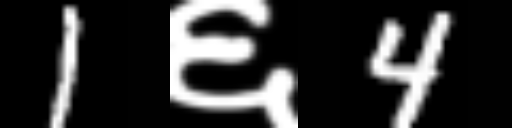
Text: 1६4